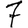
Digit: 7